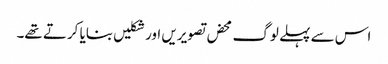
اس سے پہلے لوگ محض تصویریں اور شکلیں بنایا کرتے تھے۔